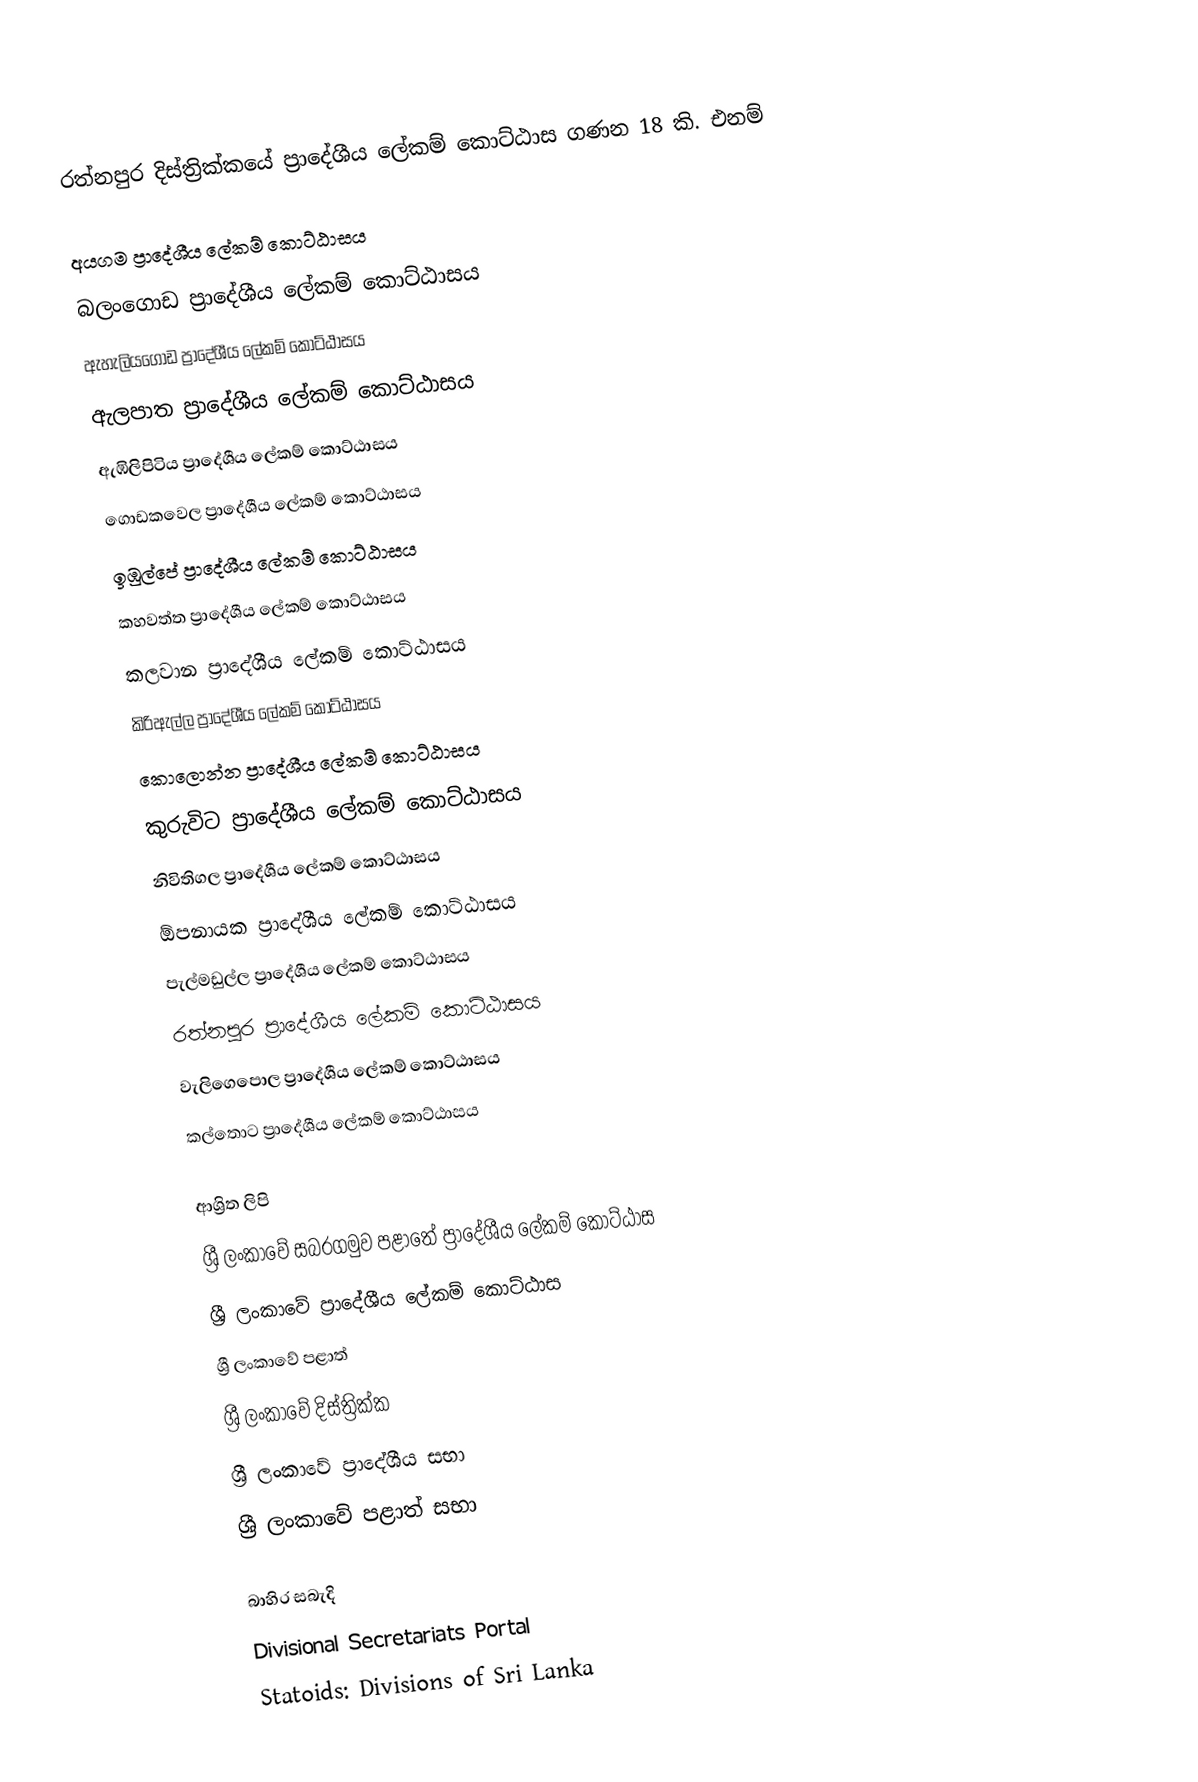
රත්නපුර දිස්ත්‍රික්කයේ ප්‍රාදේශීය ලේකම් කොට්ඨාස ගණන 18 කි. එනම්

 අයගම ප්‍රාදේශීය ලේකම් කොට්ඨාසය
 බලංගොඩ ප්‍රාදේශීය ලේකම් කොට්ඨාසය
 ඇහැලියගොඩ ප්‍රාදේශීය ලේකම් කොට්ඨාසය
 ඇලපාත ප්‍රාදේශීය ලේකම් කොට්ඨාසය
 ඇඹිලිපිටිය ප්‍රාදේශීය ලේකම් කොට්ඨාසය
 ගොඩකවෙල ප්‍රාදේශීය ලේකම් කොට්ඨාසය
 ඉඹුල්පේ ප්‍රාදේශීය ලේකම් කොට්ඨාසය
 කහවත්ත ප්‍රාදේශීය ලේකම් කොට්ඨාසය
 කලවාන ප්‍රාදේශීය ලේකම් කොට්ඨාසය
 කිරිඇල්ල ප්‍රාදේශීය ලේකම් කොට්ඨාසය
 කොලොන්න ප්‍රාදේශීය ලේකම් කොට්ඨාසය
 කුරුවිට ප්‍රාදේශීය ලේකම් කොට්ඨාසය
 නිවිතිගල ප්‍රාදේශීය ලේකම් කොට්ඨාසය
 ඕපනායක ප්‍රාදේශීය ලේකම් කොට්ඨාසය
 පැල්මඩුල්ල ප්‍රාදේශීය ලේකම් කොට්ඨාසය
 රත්නපුර ප්‍රාදේශීය ලේකම් කොට්ඨාසය
 වැලිගෙපොල ප්‍රාදේශීය ලේකම් කොට්ඨාසය
 කල්තොට ප්‍රාදේශීය ලේකම් කොට්ඨාසය

ආශ්‍රිත ලිපි
 ශ්‍රී ලංකාවේ සබරගමුව පළාතේ ප්‍රාදේශීය ලේකම් කොට්ඨාස
 ශ්‍රී ලංකාවේ ප්‍රාදේශීය ලේකම් කොට්ඨාස
 ශ්‍රී ලංකාවේ පළාත්
 ශ්‍රී ලංකාවේ දිස්ත්‍රික්ක
 ශ්‍රී ලංකාවේ ප්‍රාදේශීය සභා
 ශ්‍රී ලංකාවේ පළාත් සභා

බාහිර සබැදි
 Divisional Secretariats Portal
 Statoids: Divisions of Sri Lanka